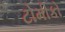
ટોમીકો